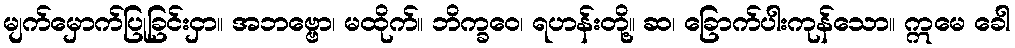
မျက်မှောက်ပြုခြင်းငှာ။ အဘဗ္ဗော၊ မထိုက်။ ဘိက္ခဝေ၊ ရဟန်းတို့။ ဆ၊ ခြောက်ပါးကုန်သော။ ဣမေ ခေါ